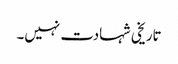
تاریخی شہادت نہیں۔